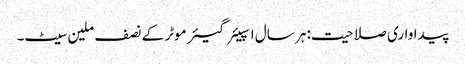
پیداواری صلاحیت: ہر سال اسپیئر گیئر موٹر کے نصف ملین سیٹ۔